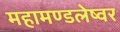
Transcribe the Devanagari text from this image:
महामण्डलेष्वर